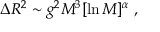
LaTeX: \Delta R ^ { 2 } \sim g ^ { 2 } M ^ { 3 } [ \ln M ] ^ { \alpha } \; ,